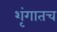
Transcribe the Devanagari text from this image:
शृंगातच